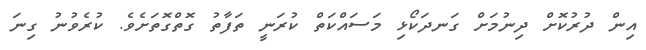
އިން ދުރުކޮށް ދިނުމަށް ގަނދަކޯޅި މަސައްކަތް ކުރަނީ ތަފާތު ގޮތްގޮތަށެވެ. ކުރެވުނު ގިނަ